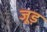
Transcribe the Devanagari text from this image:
जूड़